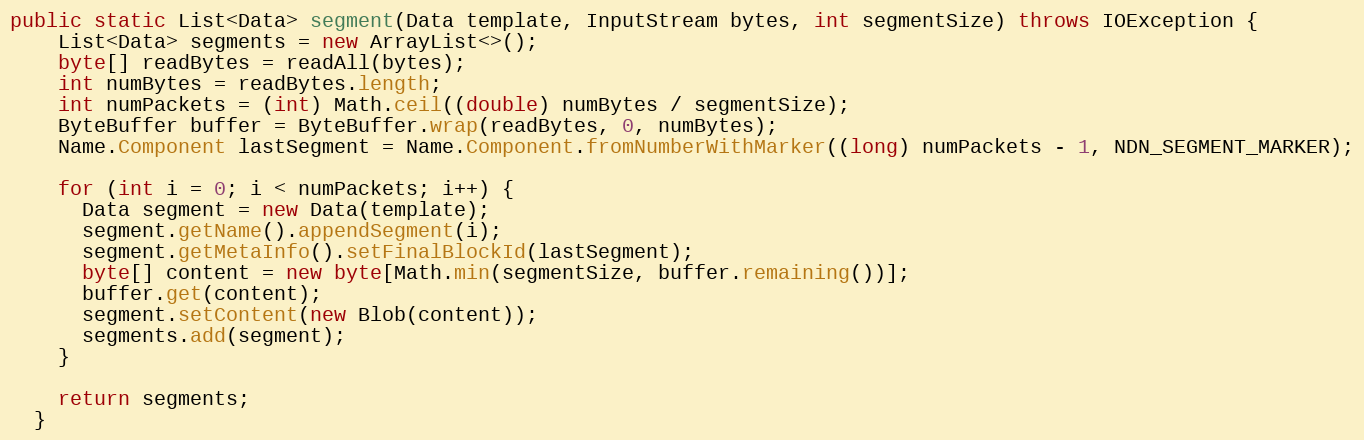
Language: Java
public static List<Data> segment(Data template, InputStream bytes, int segmentSize) throws IOException {
    List<Data> segments = new ArrayList<>();
    byte[] readBytes = readAll(bytes);
    int numBytes = readBytes.length;
    int numPackets = (int) Math.ceil((double) numBytes / segmentSize);
    ByteBuffer buffer = ByteBuffer.wrap(readBytes, 0, numBytes);
    Name.Component lastSegment = Name.Component.fromNumberWithMarker((long) numPackets - 1, NDN_SEGMENT_MARKER);

    for (int i = 0; i < numPackets; i++) {
      Data segment = new Data(template);
      segment.getName().appendSegment(i);
      segment.getMetaInfo().setFinalBlockId(lastSegment);
      byte[] content = new byte[Math.min(segmentSize, buffer.remaining())];
      buffer.get(content);
      segment.setContent(new Blob(content));
      segments.add(segment);
    }

    return segments;
  }